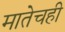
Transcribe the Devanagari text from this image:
मातेचही